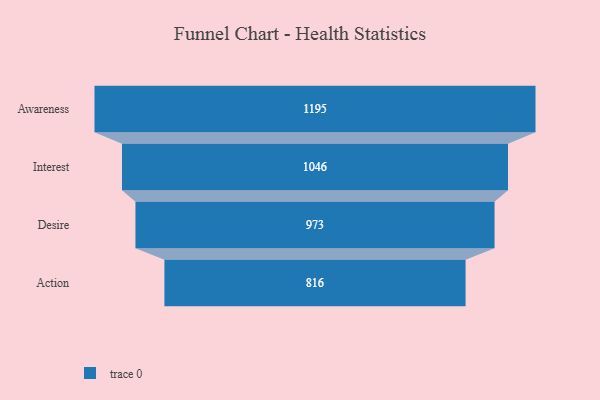
{"axis": {"x": "Stage", "y": "Value"}, "legend": [""], "data": [{"x": "Awareness", "y": 1195.0, "type": ""}, {"x": "Interest", "y": 1046.0, "type": ""}, {"x": "Desire", "y": 973.0, "type": ""}, {"x": "Action", "y": 816.0, "type": ""}]}